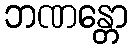
ဘဏန္တော